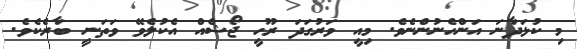
މި ކުޅަދާނަ އަންހެނުންނެވެ. މިއީ ވަރުގަދަ ރޫހީ ޖޯޝެއް އެކުލެވޭ ވަތަނީ ބާރެކެވެ.